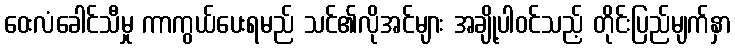
ဝေးလံခေါင်သီမှု ကာကွယ်ပေးရမည် သင်၏လိုအင်များ အချို့ပါဝင်သည့် တိုင်းပြည်မျက်နှာ